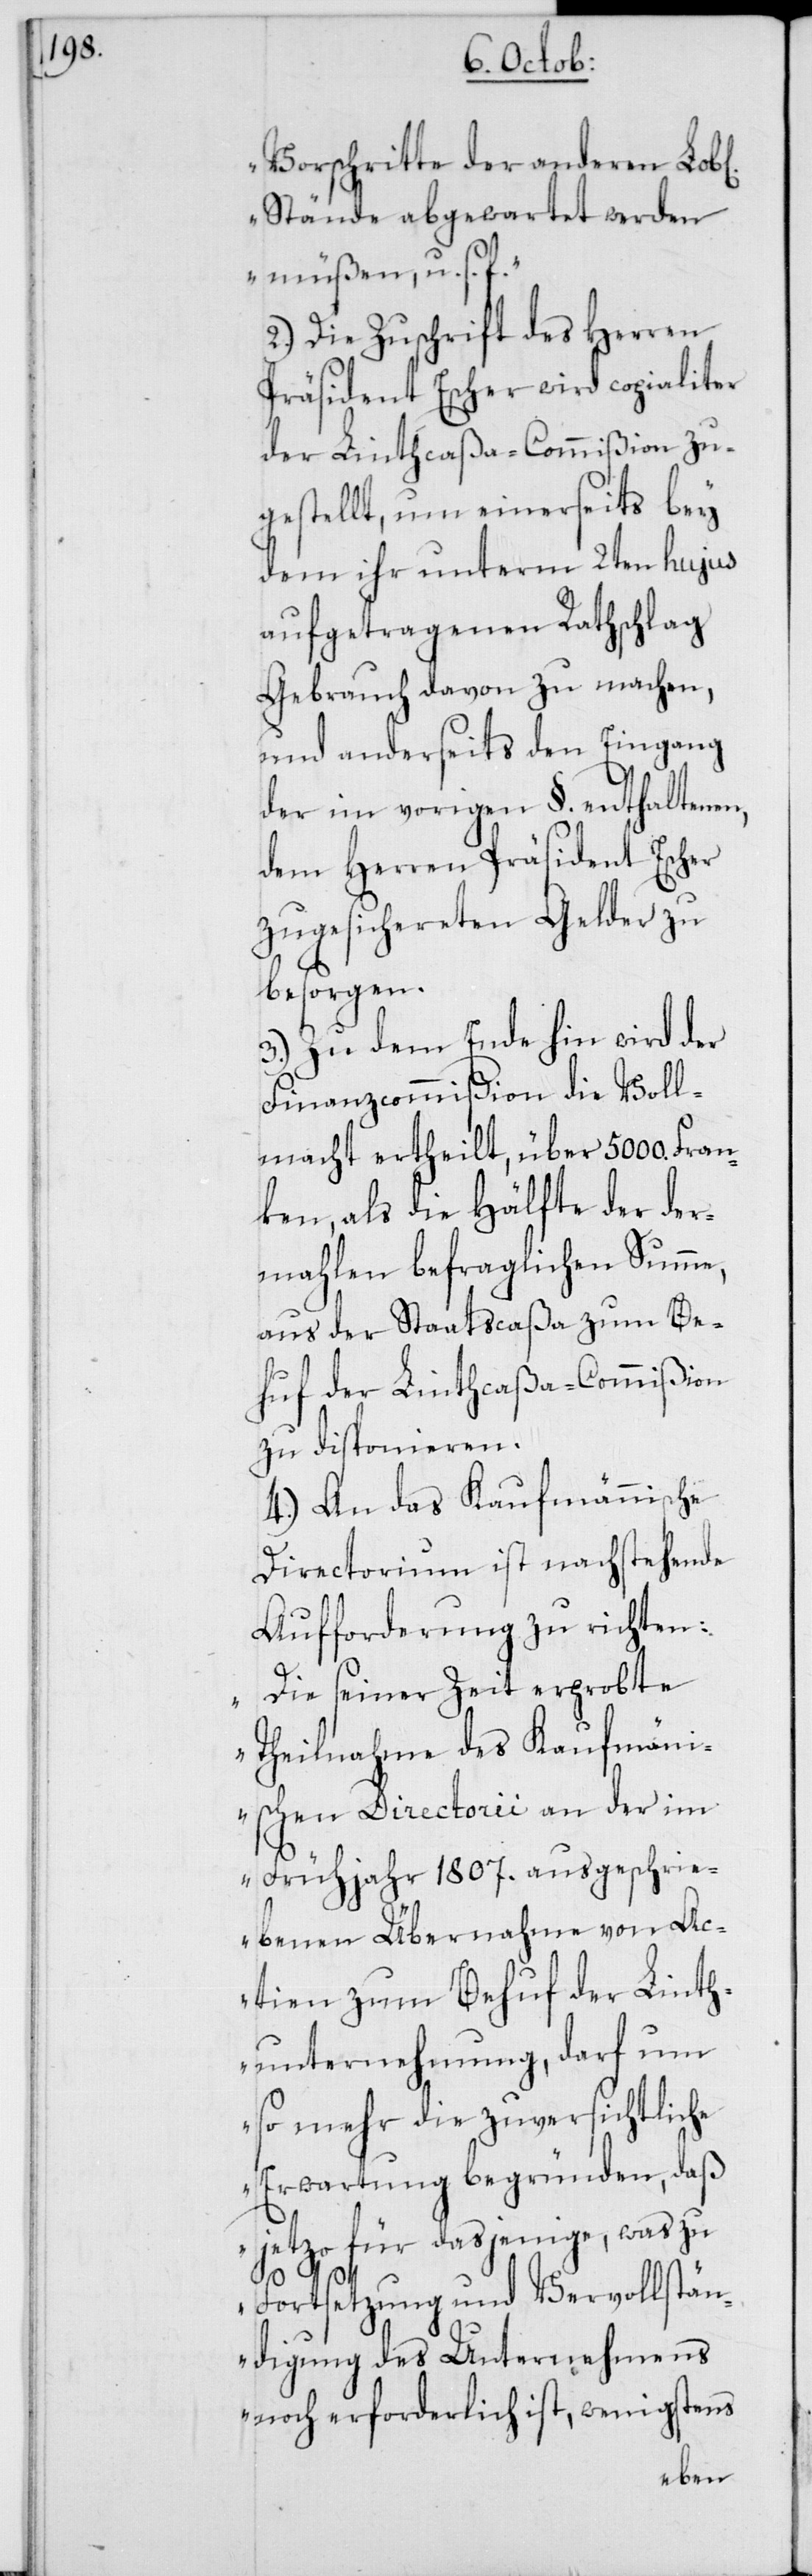
Vorschritte der anderen Lob[l¬
Stände abgewartet werden
müßen, u. s. f.“
2. Die Zuschrift des Herren
Präsident Escher wird copialiter
der Linthcaßa-Commißion zu¬
gestellt, um einerseits bey
dem ihr unterm 2ten hujus
aufgetragenen Rathschlag
Gebrauch davon zu machen,
und anderseits den Eingang
der im vorigen §. enthaltenen,
dem Herren Präsident Escher
zugesichereten Gelder zu
besorgen.
3. Zu dem Ende hin wird der
Finanzcommißion die Voll¬
macht ertheilt, über 5000. Fran¬
ken, als die Hälfte der der¬
mahlen befraglichen Summe,
aus der Staatscaßa zum Be¬
huf der Linthcaßa-Commißion
zu disponieren.
4. An das Kaufmännische
Directorium ist nachstehende
Aufforderung zu richten:
„Die seiner Zeit erprobte
Theilnahme des Kaufmänn¬
ischen Directorii an der im
Frühjahr 1807. ausgeschrie¬
benen Übernahme von Ac¬
tien zum Behuf der Linth¬
unternehmung, darf um
so mehr die zuversichtliche
Erwartung begründen, daß
jetzo für dasjenige, was zu
Fortsetzung und Vervollstän¬
digung des Unternehmens
noch erforderlich ist, wenigstens
ichen]